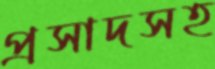
প্রসাদসহ